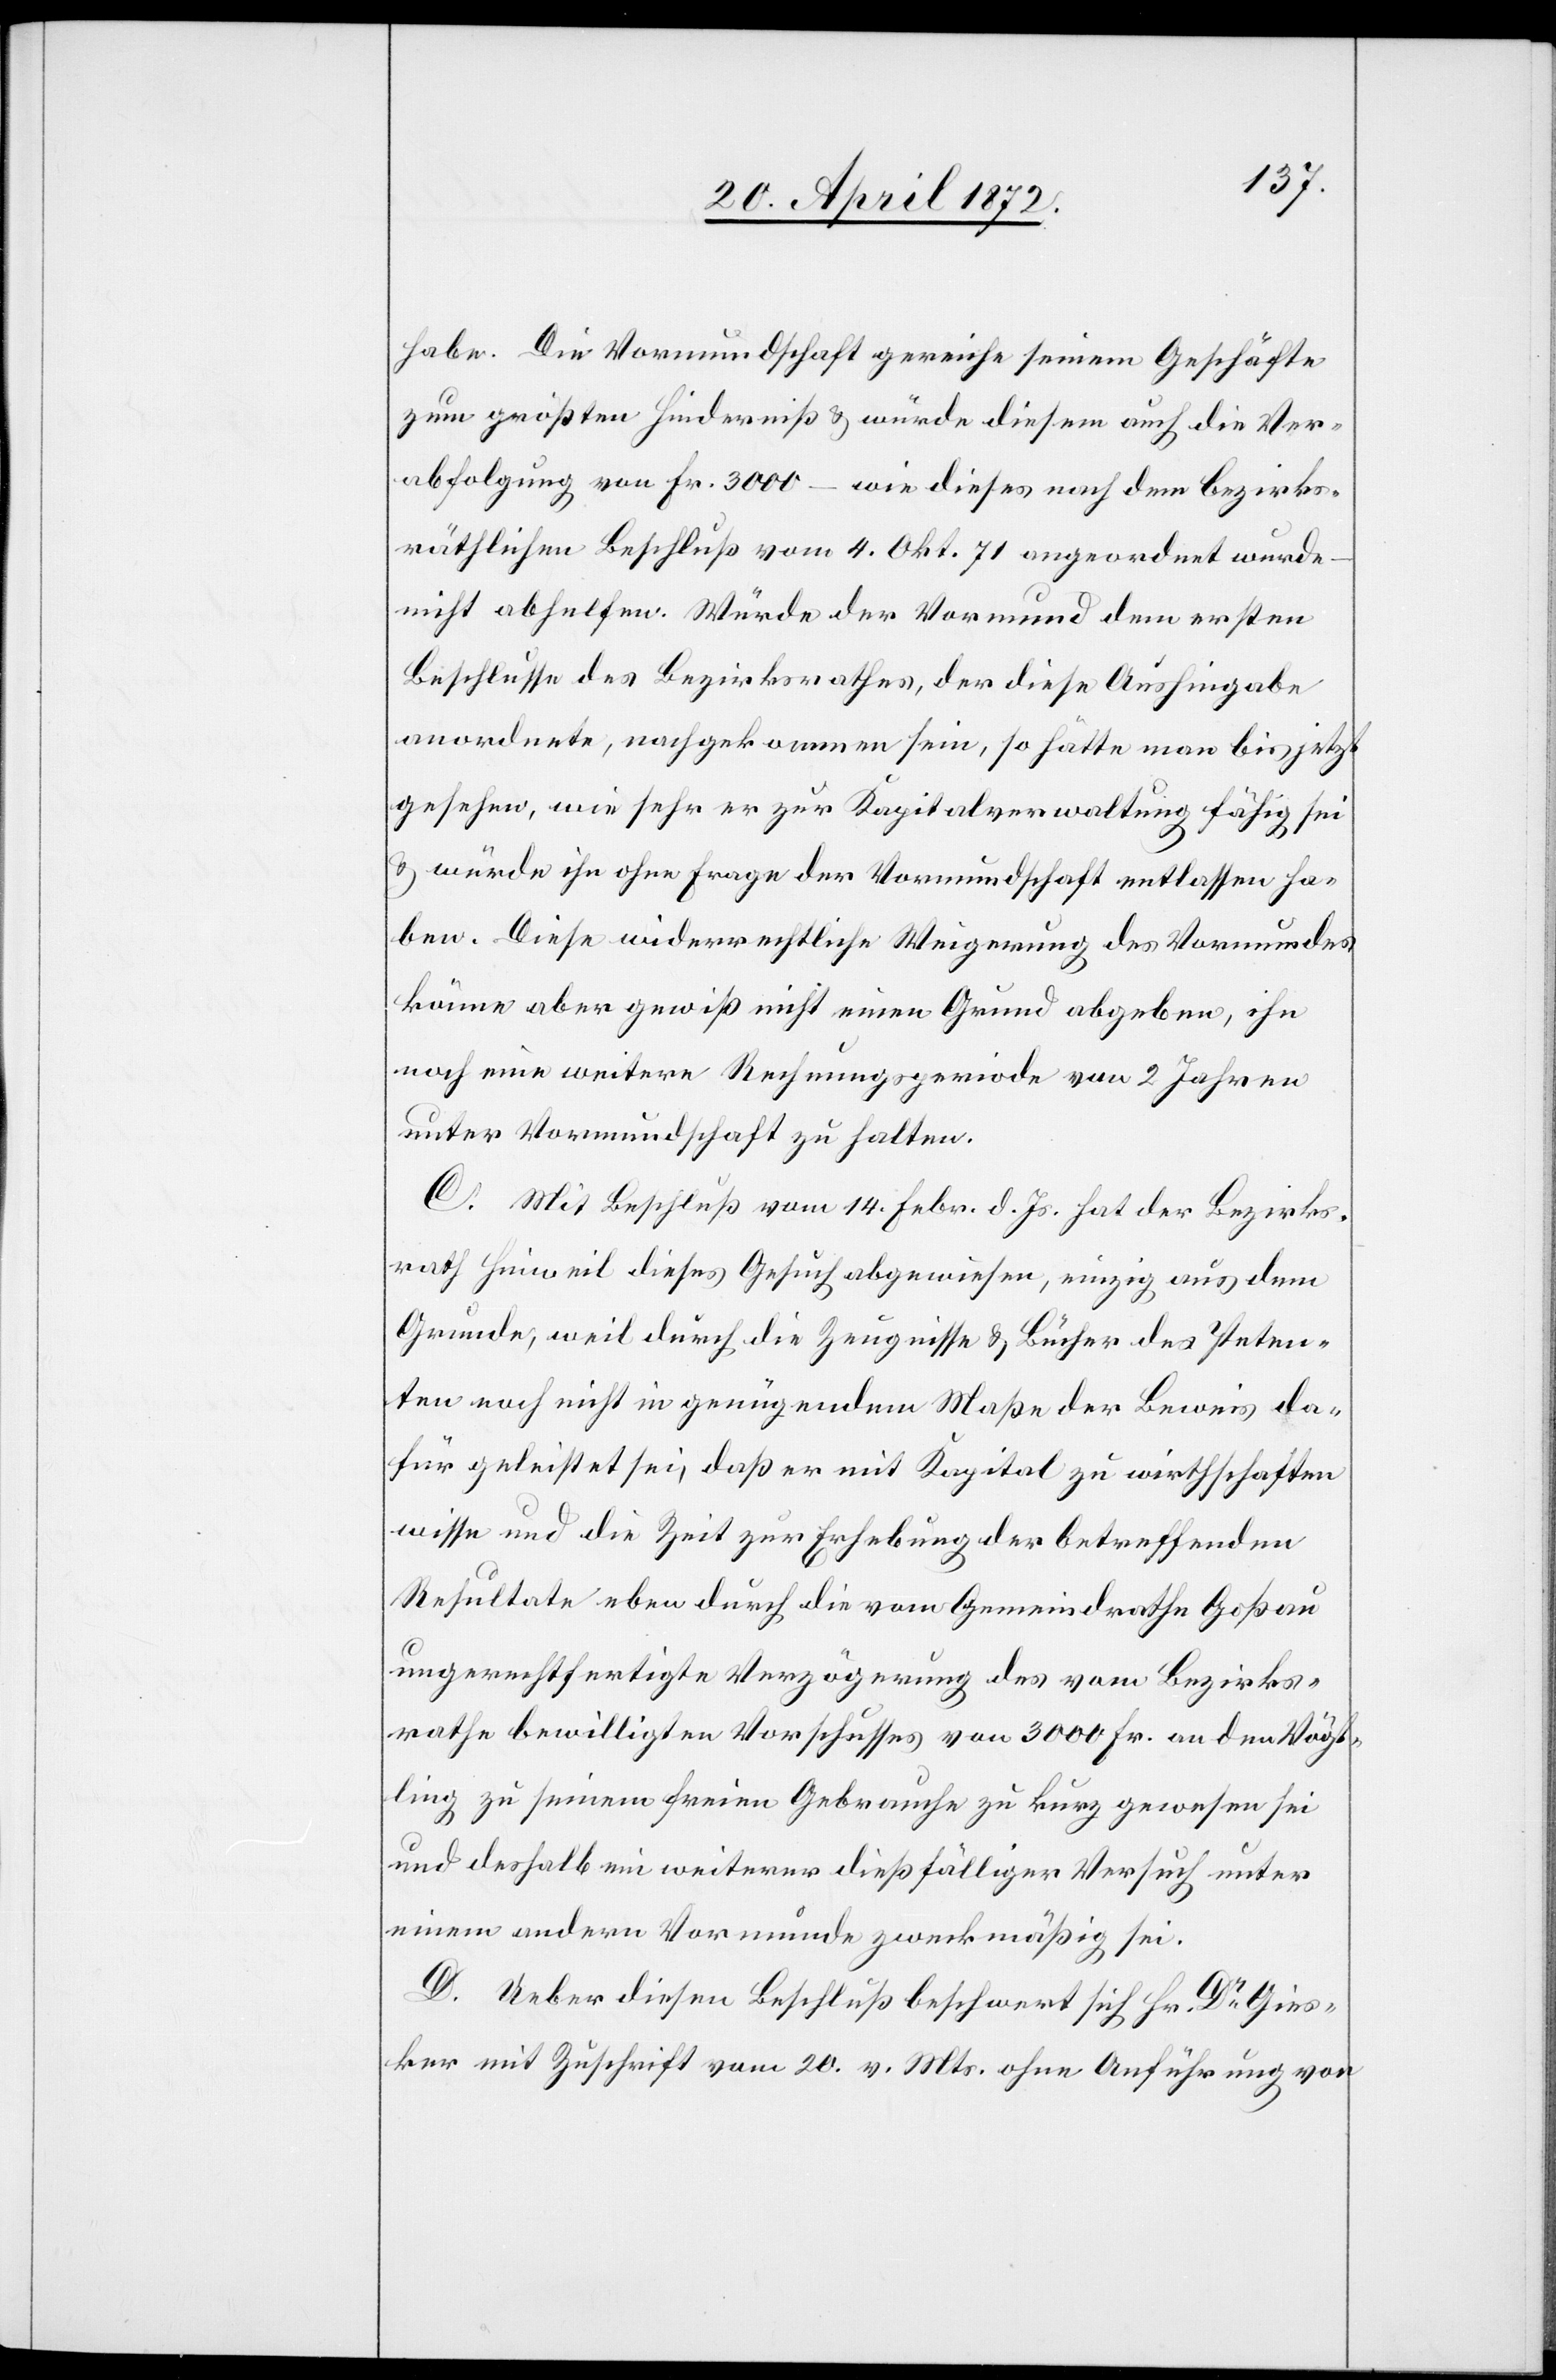
habe. Die Vormundschaft gereiche seinem Geschäfte
zum größten Hinderniß u. würde diesem auch die Ver¬
abfolgung von Fr. 3000 – wie dieses nach dem bezirks¬
räthlichen Beschluß vom 4. Okt. 71 angeordnet wurde
nicht abhelfen. Würde der Vormund dem ersten
Beschlusse des Bezirksrathes, der diese Aushingabe
anordnete, nachgekommen sein, so hätte man bis jetzt
gesehen, wie sehr er zur Kapitalverwaltung fähig sei
u. würde ihn ohne Frage der Vormundschaft entlassen ha¬
ben. Diese widerrechtliche Weigerung des Vormundes
könne aber gewiß nicht einen Grund abgeben, ihn
noch eine weitere Rechnungsperiode von 2 Jahren
unter Vormundschaft zu halten.
C. Mit Beschluß vom 14. Febr. d. Js. hat der Bezirks¬
rath Hinweil dieses Gesuch abgewiesen, einzig aus dem
Grunde, weil durch die Zeugnisse u. Bücher des Peten¬
ten noch nicht in genügendem Maße der Beweis da¬
für geleistet sei, daß er mit Kapital zu wirthschaften
wisse und die Zeit zur Erhebung der betreffenden
Resultate eben durch die vom Gemeindrathe Goßau
ungerechtfertigte Verzögerung des vom Bezirks¬
rathe bewilligten Vorschusses von 3000 Fr. an den Vögt¬
ling zu seinem freien Gebrauche zu kurz gewesen sei
und deshalb ein weiterer dießfälliger Versuch unter
einem andern Vormunde zweckmäßig sei.
D. Ueber diesen Beschluß beschwert sich Hr. Dr Gies¬
ker mit Zuschrift vom 20. v. Mts. ohne Ausführung von